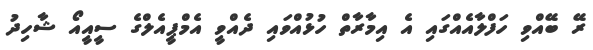
ރޭ ބޭއްވި ހަފްލާއެއްގައި އެ އިމާރާތް ހުޅުއްވައި ދެއްވީ އެމްޕީއެލްގެ ސީއީއޯ ޝާހިދު